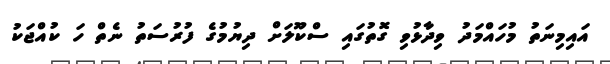
އައިމިނަތު މުހައްމަދު ވިދާޅުވި ގޮތުގައި ސްކޫލަށް ދިޔުމުގެ ފުރުސަތު ނެތް ހަ ކުއްޖަކު